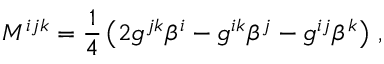
M ^ { i j k } = \frac { 1 } { 4 } \left( 2 g ^ { j k } \beta ^ { i } - g ^ { i k } \beta ^ { j } - g ^ { i j } \beta ^ { k } \right) \, ,